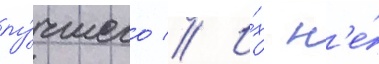
лу́чшего // И́х н'е́